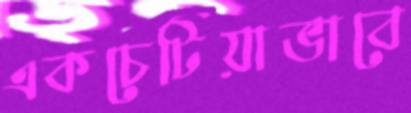
একচেটিয়াভাবে